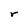
Character: r